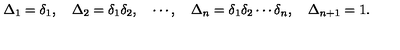
\Delta _ { 1 } = \delta _ { 1 } , \quad \Delta _ { 2 } = \delta _ { 1 } \delta _ { 2 } , \quad \cdots , \quad \Delta _ { n } = \delta _ { 1 } \delta _ { 2 } \cdots \delta _ { n } , \quad \Delta _ { n + 1 } = 1 .